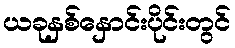
ယခုနှစ်နှောင်းပိုင်းတွင်